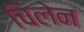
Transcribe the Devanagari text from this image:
चिलेन